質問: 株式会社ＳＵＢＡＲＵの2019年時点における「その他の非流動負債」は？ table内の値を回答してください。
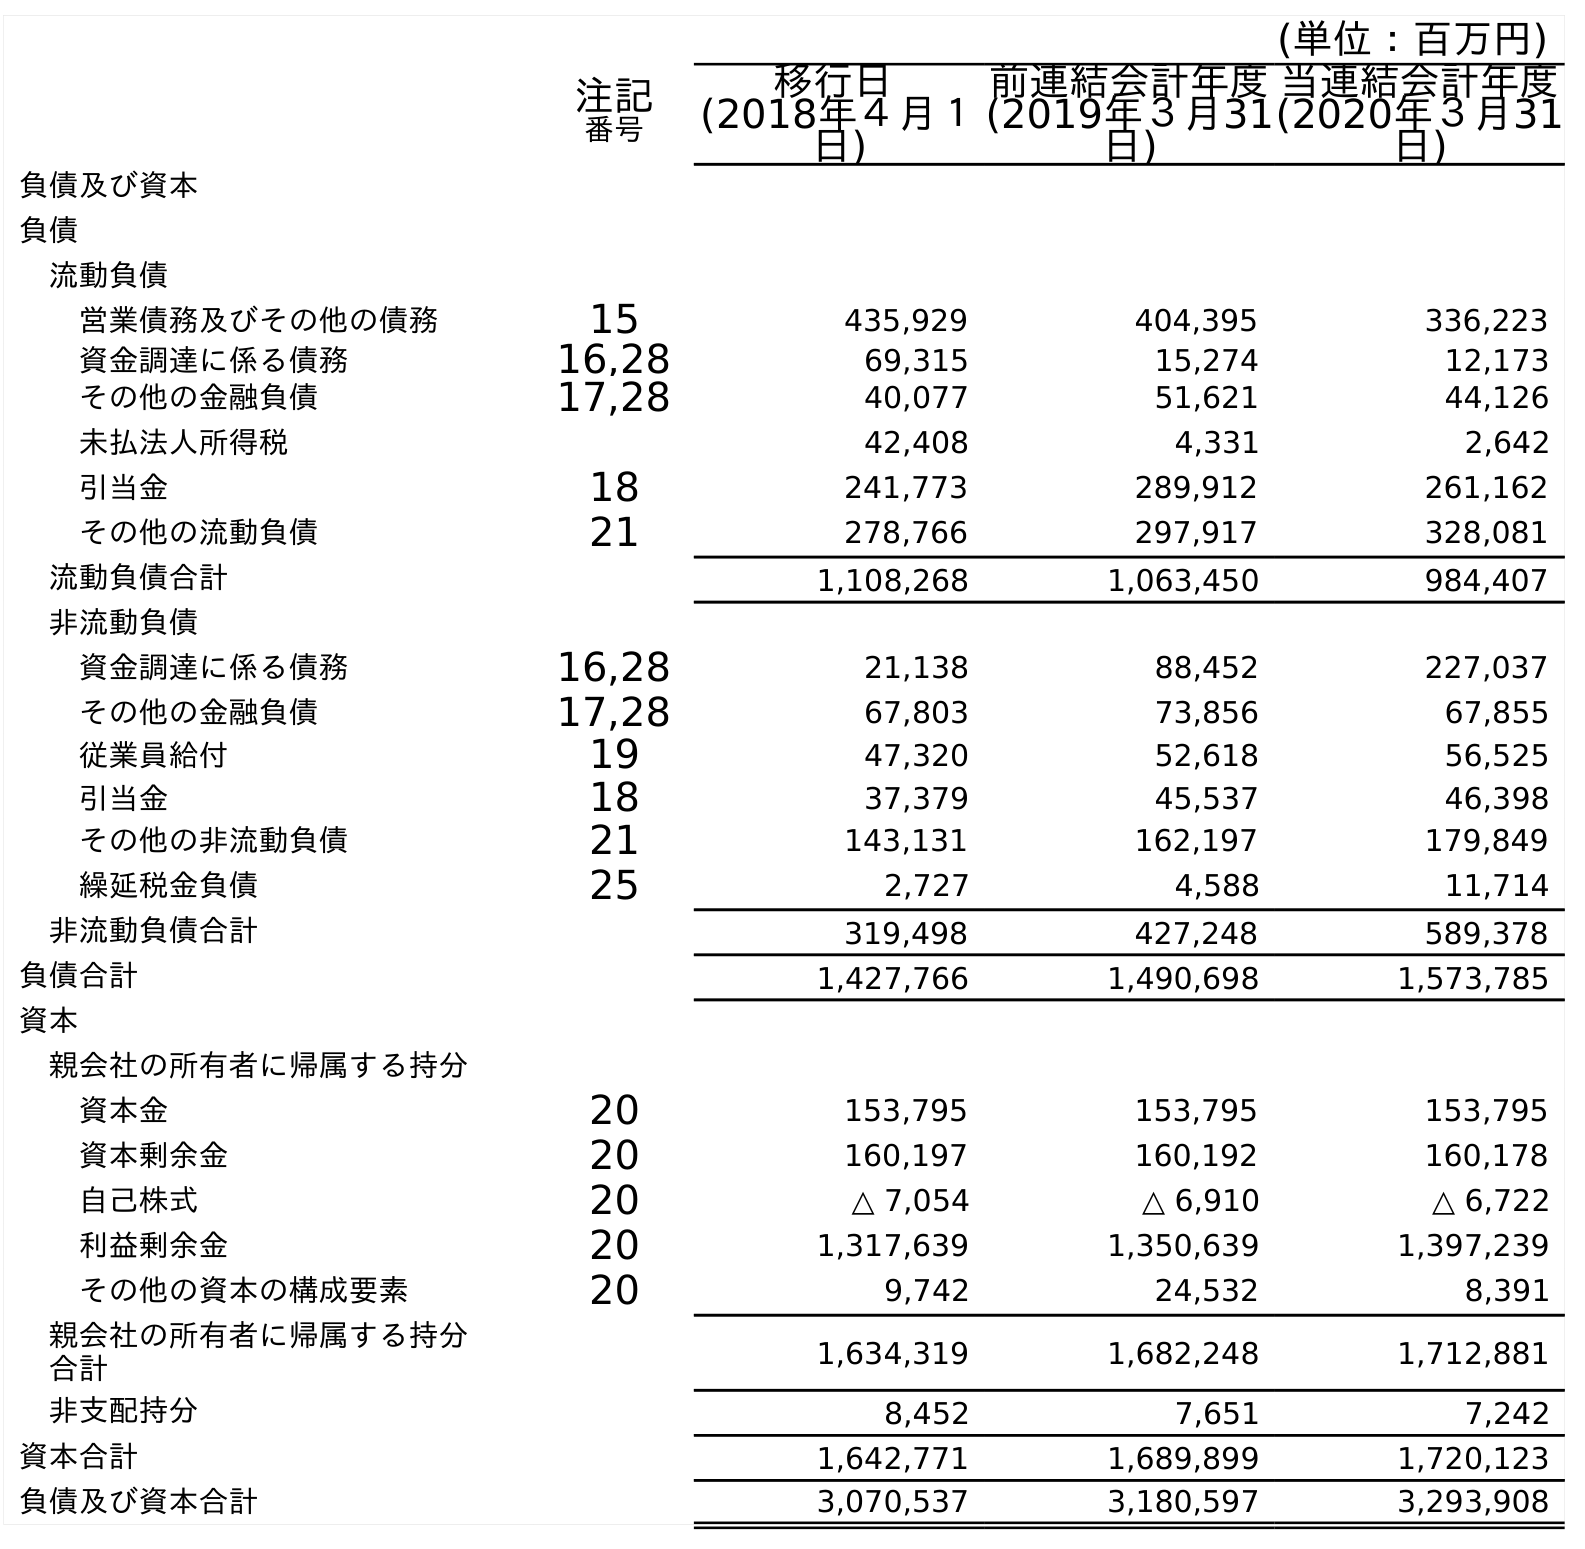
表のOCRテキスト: (単位：百万円) 注記 番号 移行日 (2018年４月１ 日) 前連結会計年度 (2019年３月31 日) 当連結会計年度 (2020年３月31 日) 負債及び資本 負債 流動負債 営業債務及びその他の債務 15 435,929 404,395 336,223 資金調達に係る債務 16,28 69,315 15,274 12,173 その他の金融負債 17,28 40,077 51,621 44,126 未払法人所得税 42,408 4,331 2,642 引当金 18 241,773 289,912 261,162 その他の流動負債 21 278,766 297,917 328,081 流動負債合計 1,108,268 1,063,450 984,407 非流動負債 資金調達に係る債務 16,28 21,138 88,452 227,037 その他の金融負債 17,28 67,803 73,856 67,855 従業員給付 19 47,320 52,618 56,525 引当金 18 37,379 45,537 46,398 その他の非流動負債 21 143,131 162,197 179,849 繰延税金負債 25 2,727 4,588 11,714 非流動負債合計 319,498 427,248 589,378 負債合計 1,427,766 1,490,698 1,573,785 資本 親会社の所有者に帰属する持分 資本金 20 153,795 153,795 153,795 資本剰余金 20 160,197 160,192 160,178 自己株式 20 △ 7,054 △ 6,910 △ 6,722 利益剰余金 20 1,317,639 1,350,639 1,397,239 その他の資本の構成要素 20 9,742 24,532 8,391 親会社の所有者に帰属する持分 合計 1,634,319 1,682,248 1,712,881 非支配持分 8,452 7,651 7,242 資本合計 1,642,771 1,689,899 1,720,123 負債及び資本合計 3,070,537 3,180,597 3,293,908
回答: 162,197